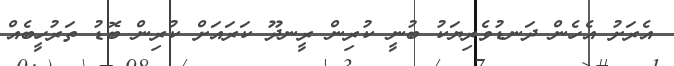
އެރަށު އެހެން ދަނޑުވެރިޔަކު ބުނީ ކުރިން ރީނދޫ ކަރައަށް ކުރިން ބޮޑު ތަރުހީބެއް